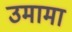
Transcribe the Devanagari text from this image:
उमामा